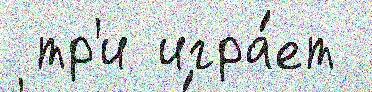
 тр'и игра́ет